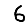
Digit: 6